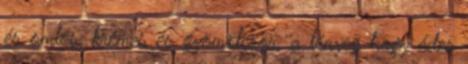
és omlós, krémes és gyömölcsös, a lényeg hogy édes